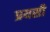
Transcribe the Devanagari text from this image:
प्रयसी